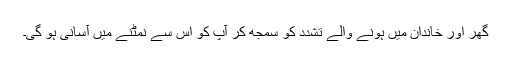
گھر اور خاندان میں ہونے والے تشدد کو سمجھ کر آپ کو اس سے نمٹنے میں آسانی ہو گی۔